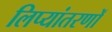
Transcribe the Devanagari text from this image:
लिप्यांतरणों